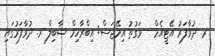
ރ. ދުވާފަރު އޭޓީއެމް - ވަގުތު އިމޭޖަސް: އިބްރާހިމް ޝާބިލް ރ. ދުވާފަރުގައި